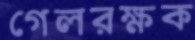
গেলরক্ষক